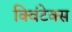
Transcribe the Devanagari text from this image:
क्विंटेक्स